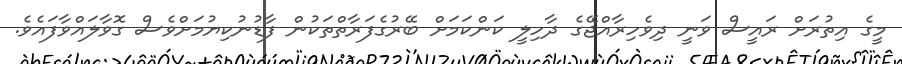
މީގެ އިތުރަށް ރައީސް ވަނީ ދިވެހިރާއްޖޭގެ ދާހިލީ ކަންކަމަށް ބޭރުގެފަރާތްތަކުން ފާޑުނުކިޔުމަށްވެސް ގޮވާލައްވާފައެވެ.